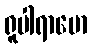
ရူပါရာမော